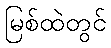
မြစ်ထဲတွင်